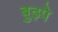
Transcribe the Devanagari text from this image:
बुढ़पे